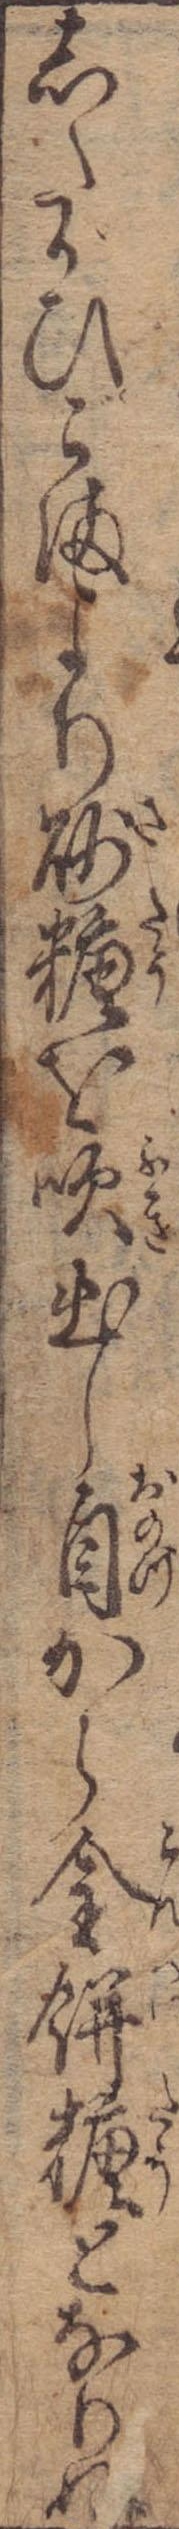
したがひごまより砂糖を吹出し自から金餅糖となりぬ